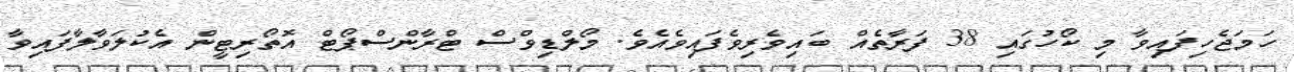
ހަމަޖެހިފައިވާ މި ކޯހުގައި 38 ފަރާތެއް ބައިވެރިވެފައިވެއެވެ. މޯލްޑިވްސް ޓްރާންސްޕޯޓް އޮތޯރިޓީން އެކުލަވާލާފައިވާ